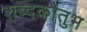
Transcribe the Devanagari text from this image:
शब्दकौतुभ